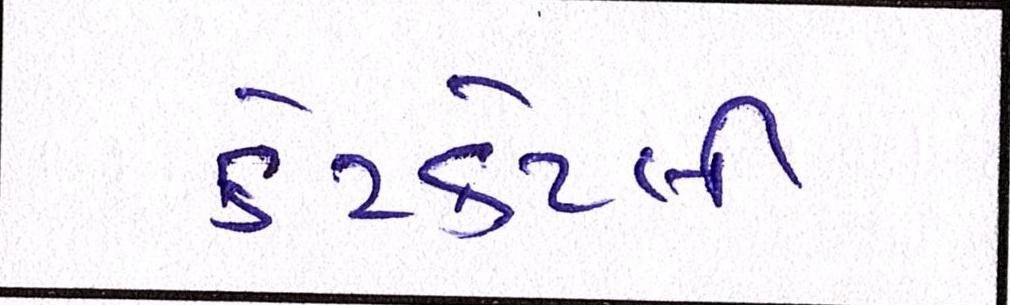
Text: કેટકેટલી